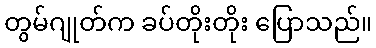
တွမ်ဂျုတ်က ခပ်တိုးတိုး ပြောသည်။